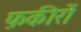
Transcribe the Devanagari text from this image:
फ़कीरों